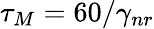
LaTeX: \tau_{M}=60/\gamma_{nr}